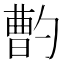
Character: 𱐽